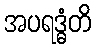
အပရဒ္ဓံတိ